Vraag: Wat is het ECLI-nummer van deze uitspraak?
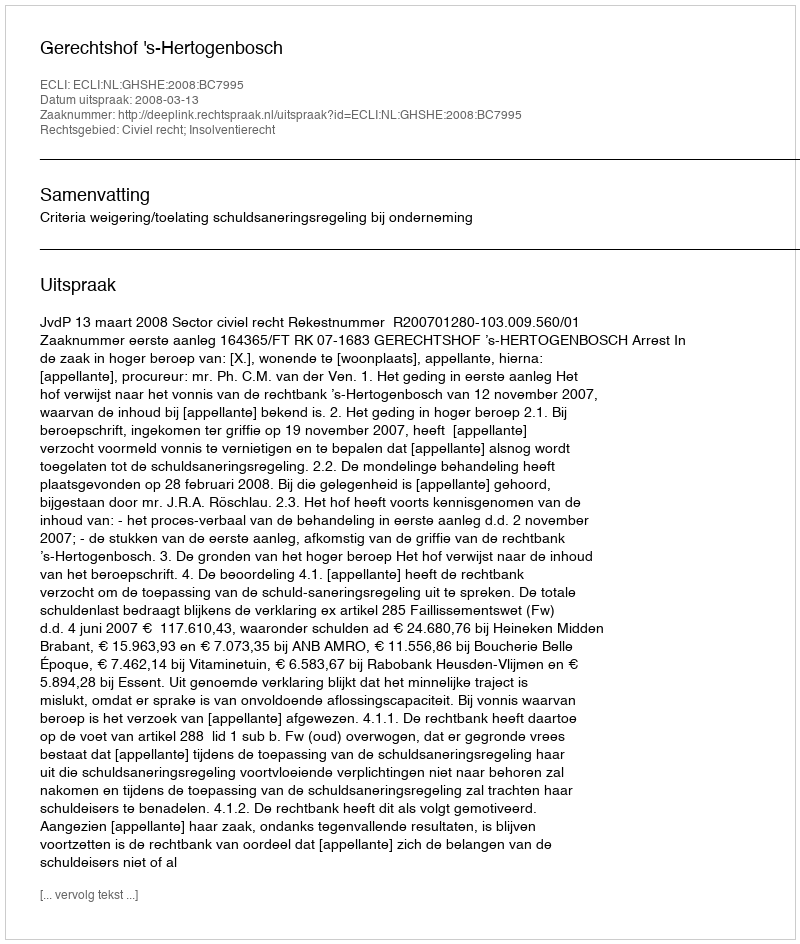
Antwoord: ECLI:NL:GHSHE:2008:BC7995